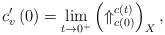
LaTeX: \begin{align*}c_{v}^{\prime }\left( 0\right) =\lim_{t\rightarrow 0^{+}}\left( \Uparrow_{c\left( 0\right) }^{c\left( t\right) }\right) _{X},\end{align*}